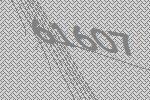
61607